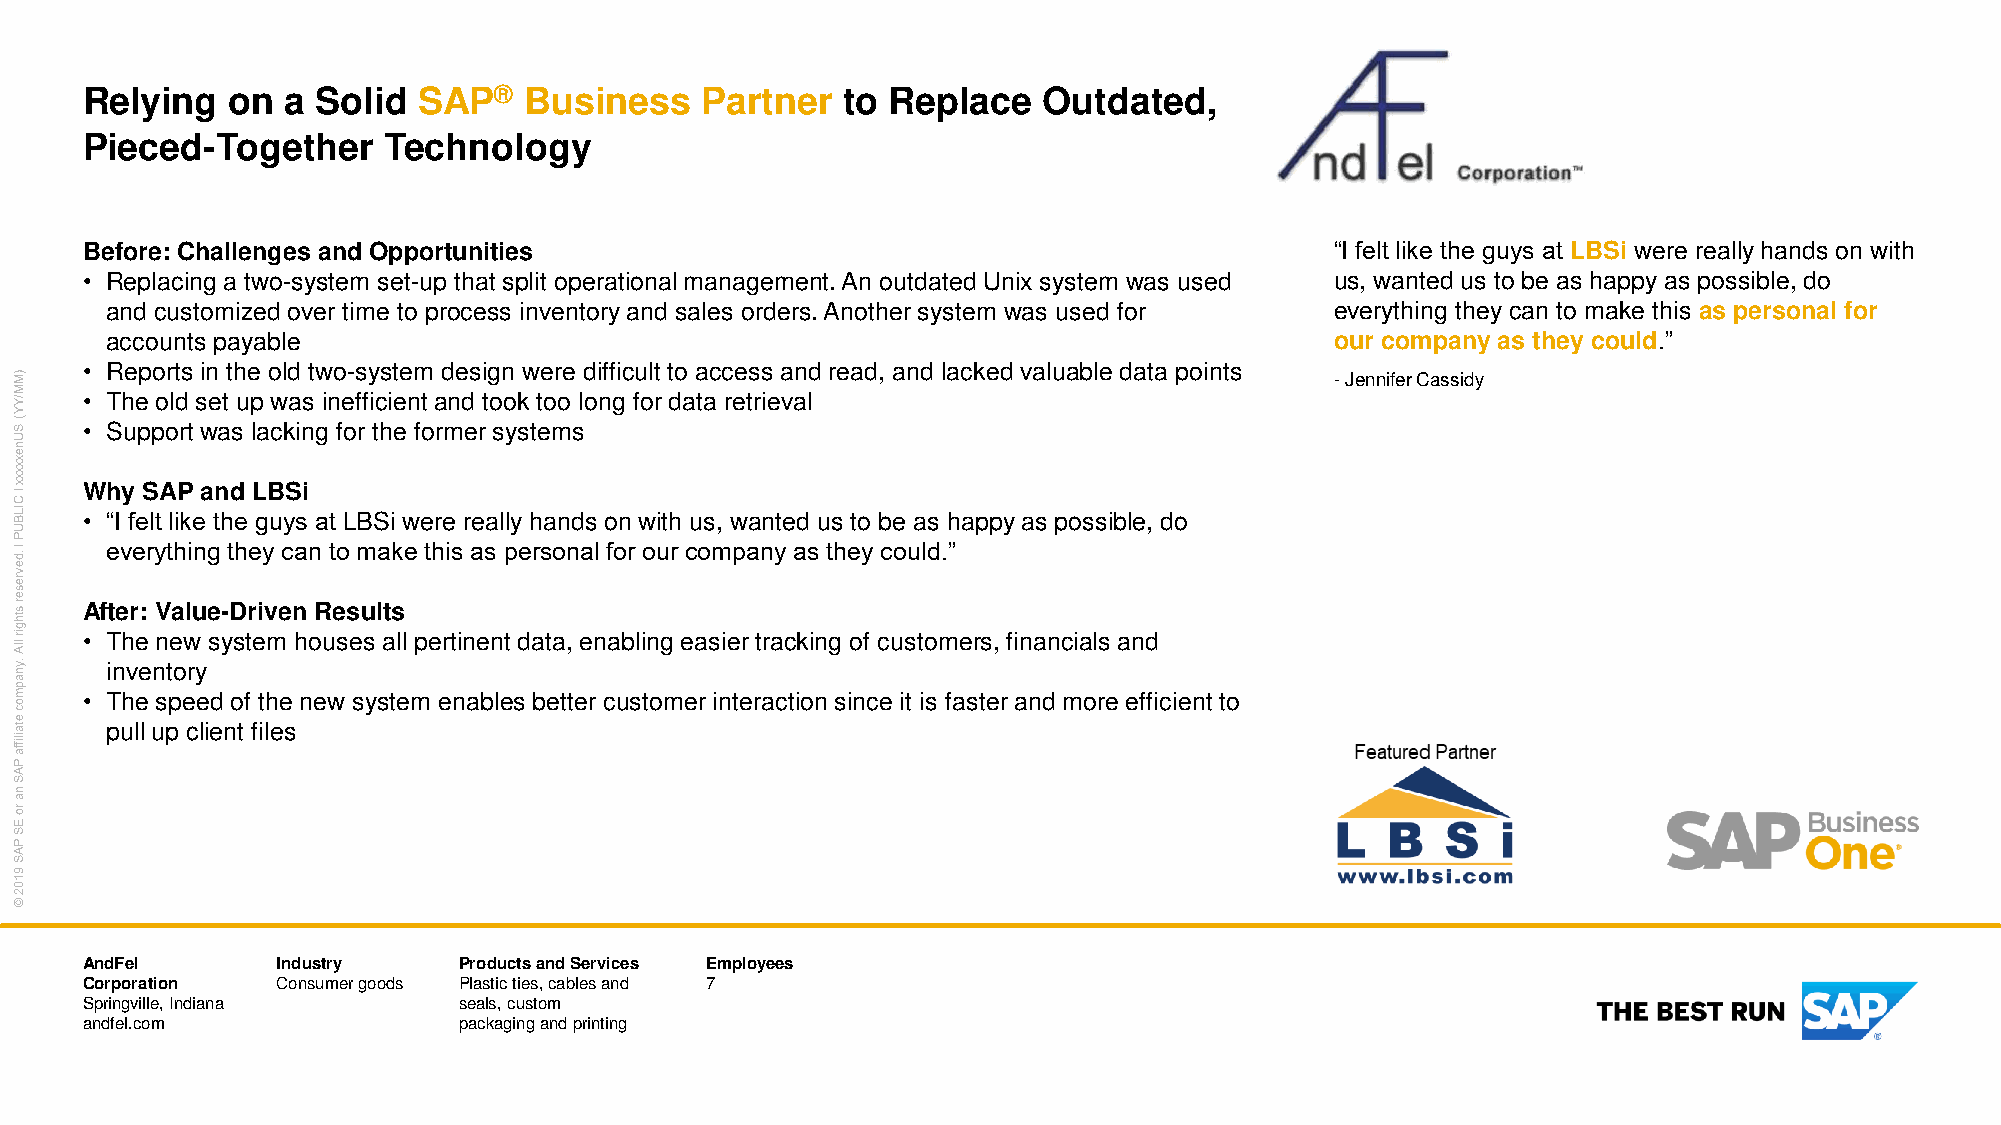
Relying   on  a Solid  SAP®   Business   Partner   to Replace   Outdated,
 CUSTOMER LOGO
 HERE
 Pieced-Together     Technology
 Before: Challenges and Opportunities                                               “I felt like the guys at LBSi were really hands on with
 • Replacing a two-system set-up that split operational management. An outdated Unix system was used us, wanted us to be as happy as possible, do
 and customized over time to process inventory and sales orders. Another system was used for everything they can to make this as personal for
 accounts payable                                                                 our company as they could.”
 • Reports in the old two-system design were difficult to access and read, and lacked valuable data points
 )M                                                                                     -Jennifer Cassidy
 M /Y • The old set up was inefficient and took too long for data retrieval
 Y
 ( S • Support was lacking for the former systems
 U
 n
 e
 xxxxx
 ǀ
 C
 Why SAP and LBSi
 IL B • “I felt like the guys at LBSi were really hands on with us, wanted us to be as happy as possible, do
 U
 P
 ǀ
 .d
 everything they can to make this as personal for our company as they could.”
 e
 v
 re
 s
 e
 r sth After: Value-Driven Results
 g
 ir
 llA
 • The new system houses all pertinent data, enabling easier tracking of customers, financials and
 .y    inventory
 n
 a
 p
 m o • The speed of the new system enables better customer interaction since it is faster and more efficient to
 c
 e ta  pull up client files
 iliffa
 P
 A
 S
 n
 a
 ro
 E
 S
 P
 A
 S
 9
 1
 0
 2
 ©
 AndFel       Industry    Products and Services Employees
 Corporation  Consumer goods Plastic ties, cables and 7
 Springville, Indiana     seals, custom
 andfel.com               packaging and printing